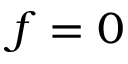
f = 0